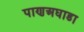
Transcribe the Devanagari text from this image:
पाणअघाडा